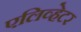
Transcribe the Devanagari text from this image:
एलिव्हेटर